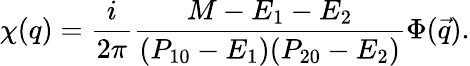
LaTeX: \chi(q)=\frac{i}{2\pi}\frac{M-E_{1}-E_{2}}{(P_{10}-E_{1})(P_{20}-E_{2})}\Phi(\vec{q}).